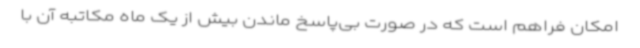
امکان فراهم است که در صورت بی‌پاسخ ماندن بیش از یک ماه مکاتبه آن با